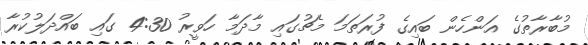
މުބާރާތުގެ އަންހެން ބައިގެ ފުރަތަމަ މެޗުގައި މާދަމާ ހަވީރު 4:30 ގައި ބައްދަލުކުރާ